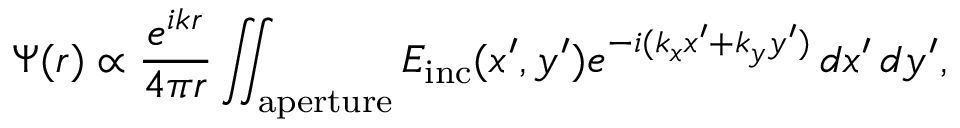
\Psi ( r ) \propto { \frac { e ^ { i k r } } { 4 \pi r } } \iint _ { \mathrm { a p e r t u r e } } E _ { \mathrm { i n c } } ( x ^ { \prime } , y ^ { \prime } ) e ^ { - i ( k _ { x } x ^ { \prime } + k _ { y } y ^ { \prime } ) } \, d x ^ { \prime } \, d y ^ { \prime } ,